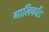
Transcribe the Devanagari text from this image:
गालिकोंड